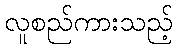
လူစည်ကားသည့်